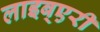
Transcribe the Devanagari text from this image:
लाइब्एरी